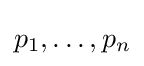
{\textstyle p_{1},\ldots ,p_{n}}